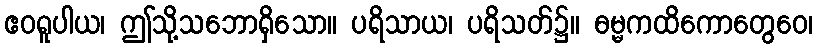
ဧဝရူပါယ၊ ဤသို့သဘောရှိသော။ ပရိသာယ၊ ပရိသတ်၌။ ဓမ္မကထိကောတွေဝေ၊